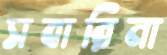
সবারিনা